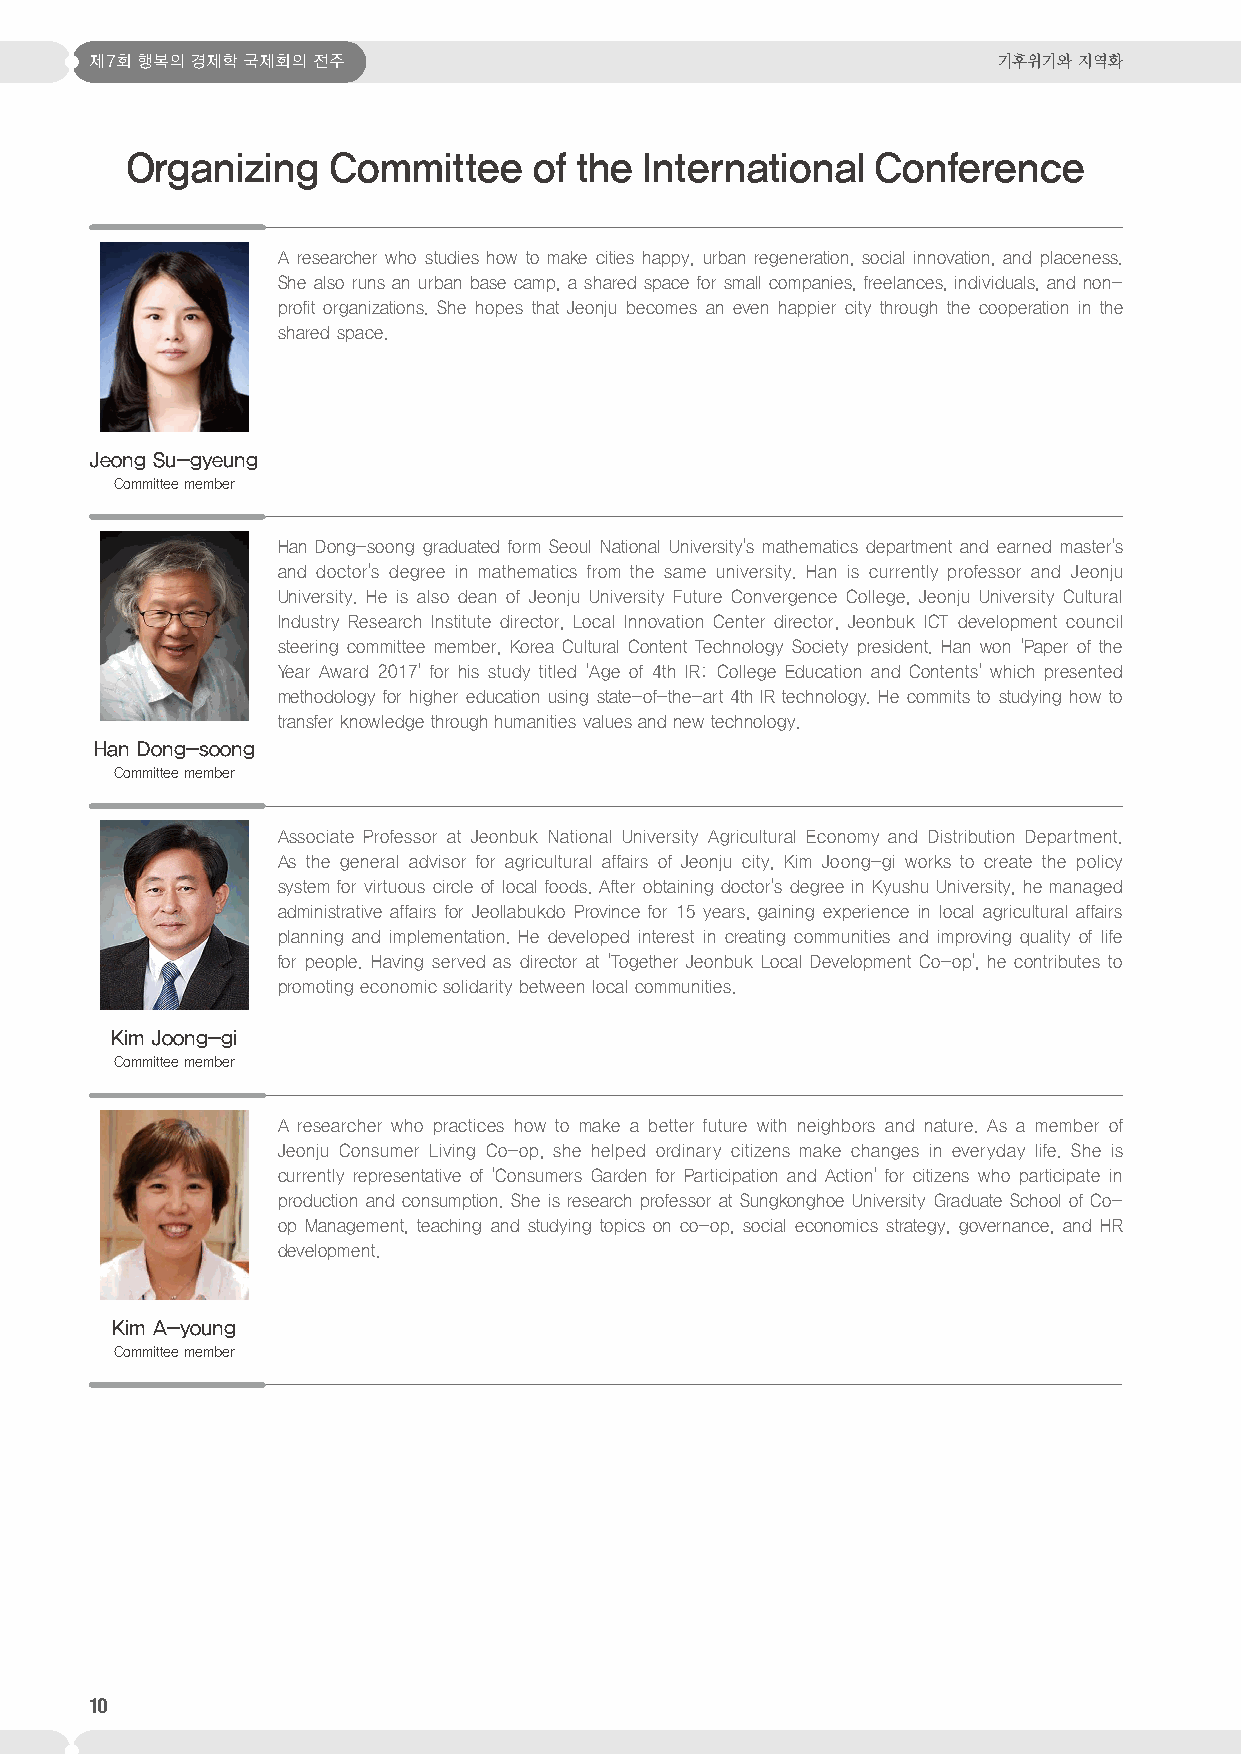
제7회 행복의 경제학 국제회의 전주                                         기후위기와 지역화
 Organizing    Committee    of the International   Conference
 A researcher who studies how to make cities happy, urban regeneration, social innovation, and placeness.
 She also runs an urban base camp, a shared space for small companies, freelances, individuals, and non-
 profit organizations. She hopes that Jeonju becomes an even happier city through the cooperation in the
 shared space.
 Jeong Su-gyeung
 Committee member
 Han Dong-soong graduated form Seoul National University's mathematics department and earned master's
 and doctor's degree in mathematics from the same university. Han is currently professor and Jeonju
 University. He is also dean of Jeonju University Future Convergence College, Jeonju University Cultural
 Industry Research Institute director, Local Innovation Center director, Jeonbuk ICT development council
 steering committee member, Korea Cultural Content Technology Society president. Han won 'Paper of the
 Year Award 2017' for his study titled 'Age of 4th IR: College Education and Contents' which presented
 methodology for higher education using state-of-the-art 4th IR technology. He commits to studying how to
 transfer knowledge through humanities values and new technology.
 Han Dong-soong
 Committee member
 Associate Professor at Jeonbuk National University Agricultural Economy and Distribution Department.
 As the general advisor for agricultural affairs of Jeonju city, Kim Joong-gi works to create the policy
 system for virtuous circle of local foods. After obtaining doctor's degree in Kyushu University, he managed
 administrative affairs for Jeollabukdo Province for 15 years, gaining experience in local agricultural affairs
 planning and implementation. He developed interest in creating communities and improving quality of life
 for people. Having served as director at 'Together Jeonbuk Local Development Co-op', he contributes to
 promoting economic solidarity between local communities.
 Kim Joong-gi
 Committee member
 A researcher who practices how to make a better future with neighbors and nature. As a member of
 Jeonju Consumer Living Co-op, she helped ordinary citizens make changes in everyday life. She is
 currently representative of 'Consumers Garden for Participation and Action' for citizens who participate in
 production and consumption. She is research professor at Sungkonghoe University Graduate School of Co-
 op Management, teaching and studying topics on co-op, social economics strategy, governance, and HR
 development.
 Kim A-young
 Committee member
 10